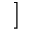
]